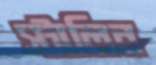
স্টালিন